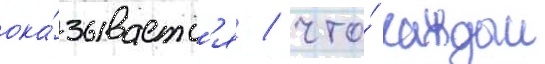
ока́зываетс'я / что́ каждыи